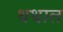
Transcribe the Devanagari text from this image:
थथाल